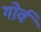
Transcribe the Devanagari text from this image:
गोर्व